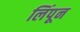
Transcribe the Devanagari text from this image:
लिंपून